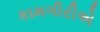
કામગીરીએ